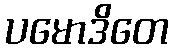
ပမောဒိတေ